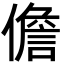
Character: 儋